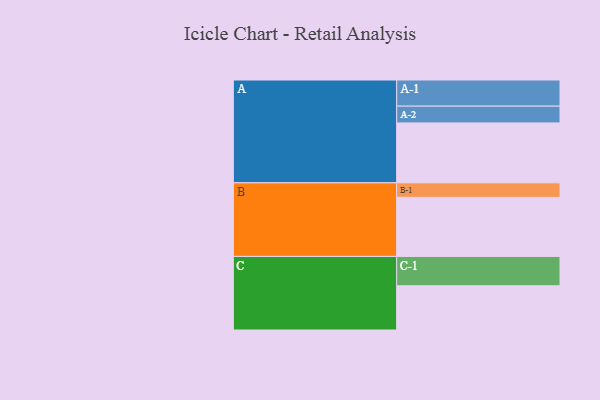
{"axis": {"x": "Segment", "y": "Value"}, "legend": ["", "A", "B", "C"], "data": [{"x": "A", "y": 598, "type": ""}, {"x": "B", "y": 590, "type": ""}, {"x": "C", "y": 442, "type": ""}, {"x": "A-1", "y": 261, "type": "A"}, {"x": "A-2", "y": 168, "type": "A"}, {"x": "B-1", "y": 145, "type": "B"}, {"x": "C-1", "y": 293, "type": "C"}]}